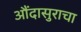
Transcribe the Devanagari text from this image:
औंदासुराचा